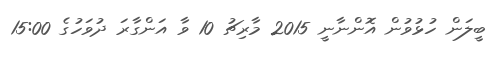
ބީލަން ހުޅުވުން އޮންނާނީ 2015 މާރިޗު 10 ވާ އަންގާރަ ދުވަހުގެ 15:00